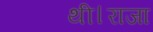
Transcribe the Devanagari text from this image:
थी।राजा